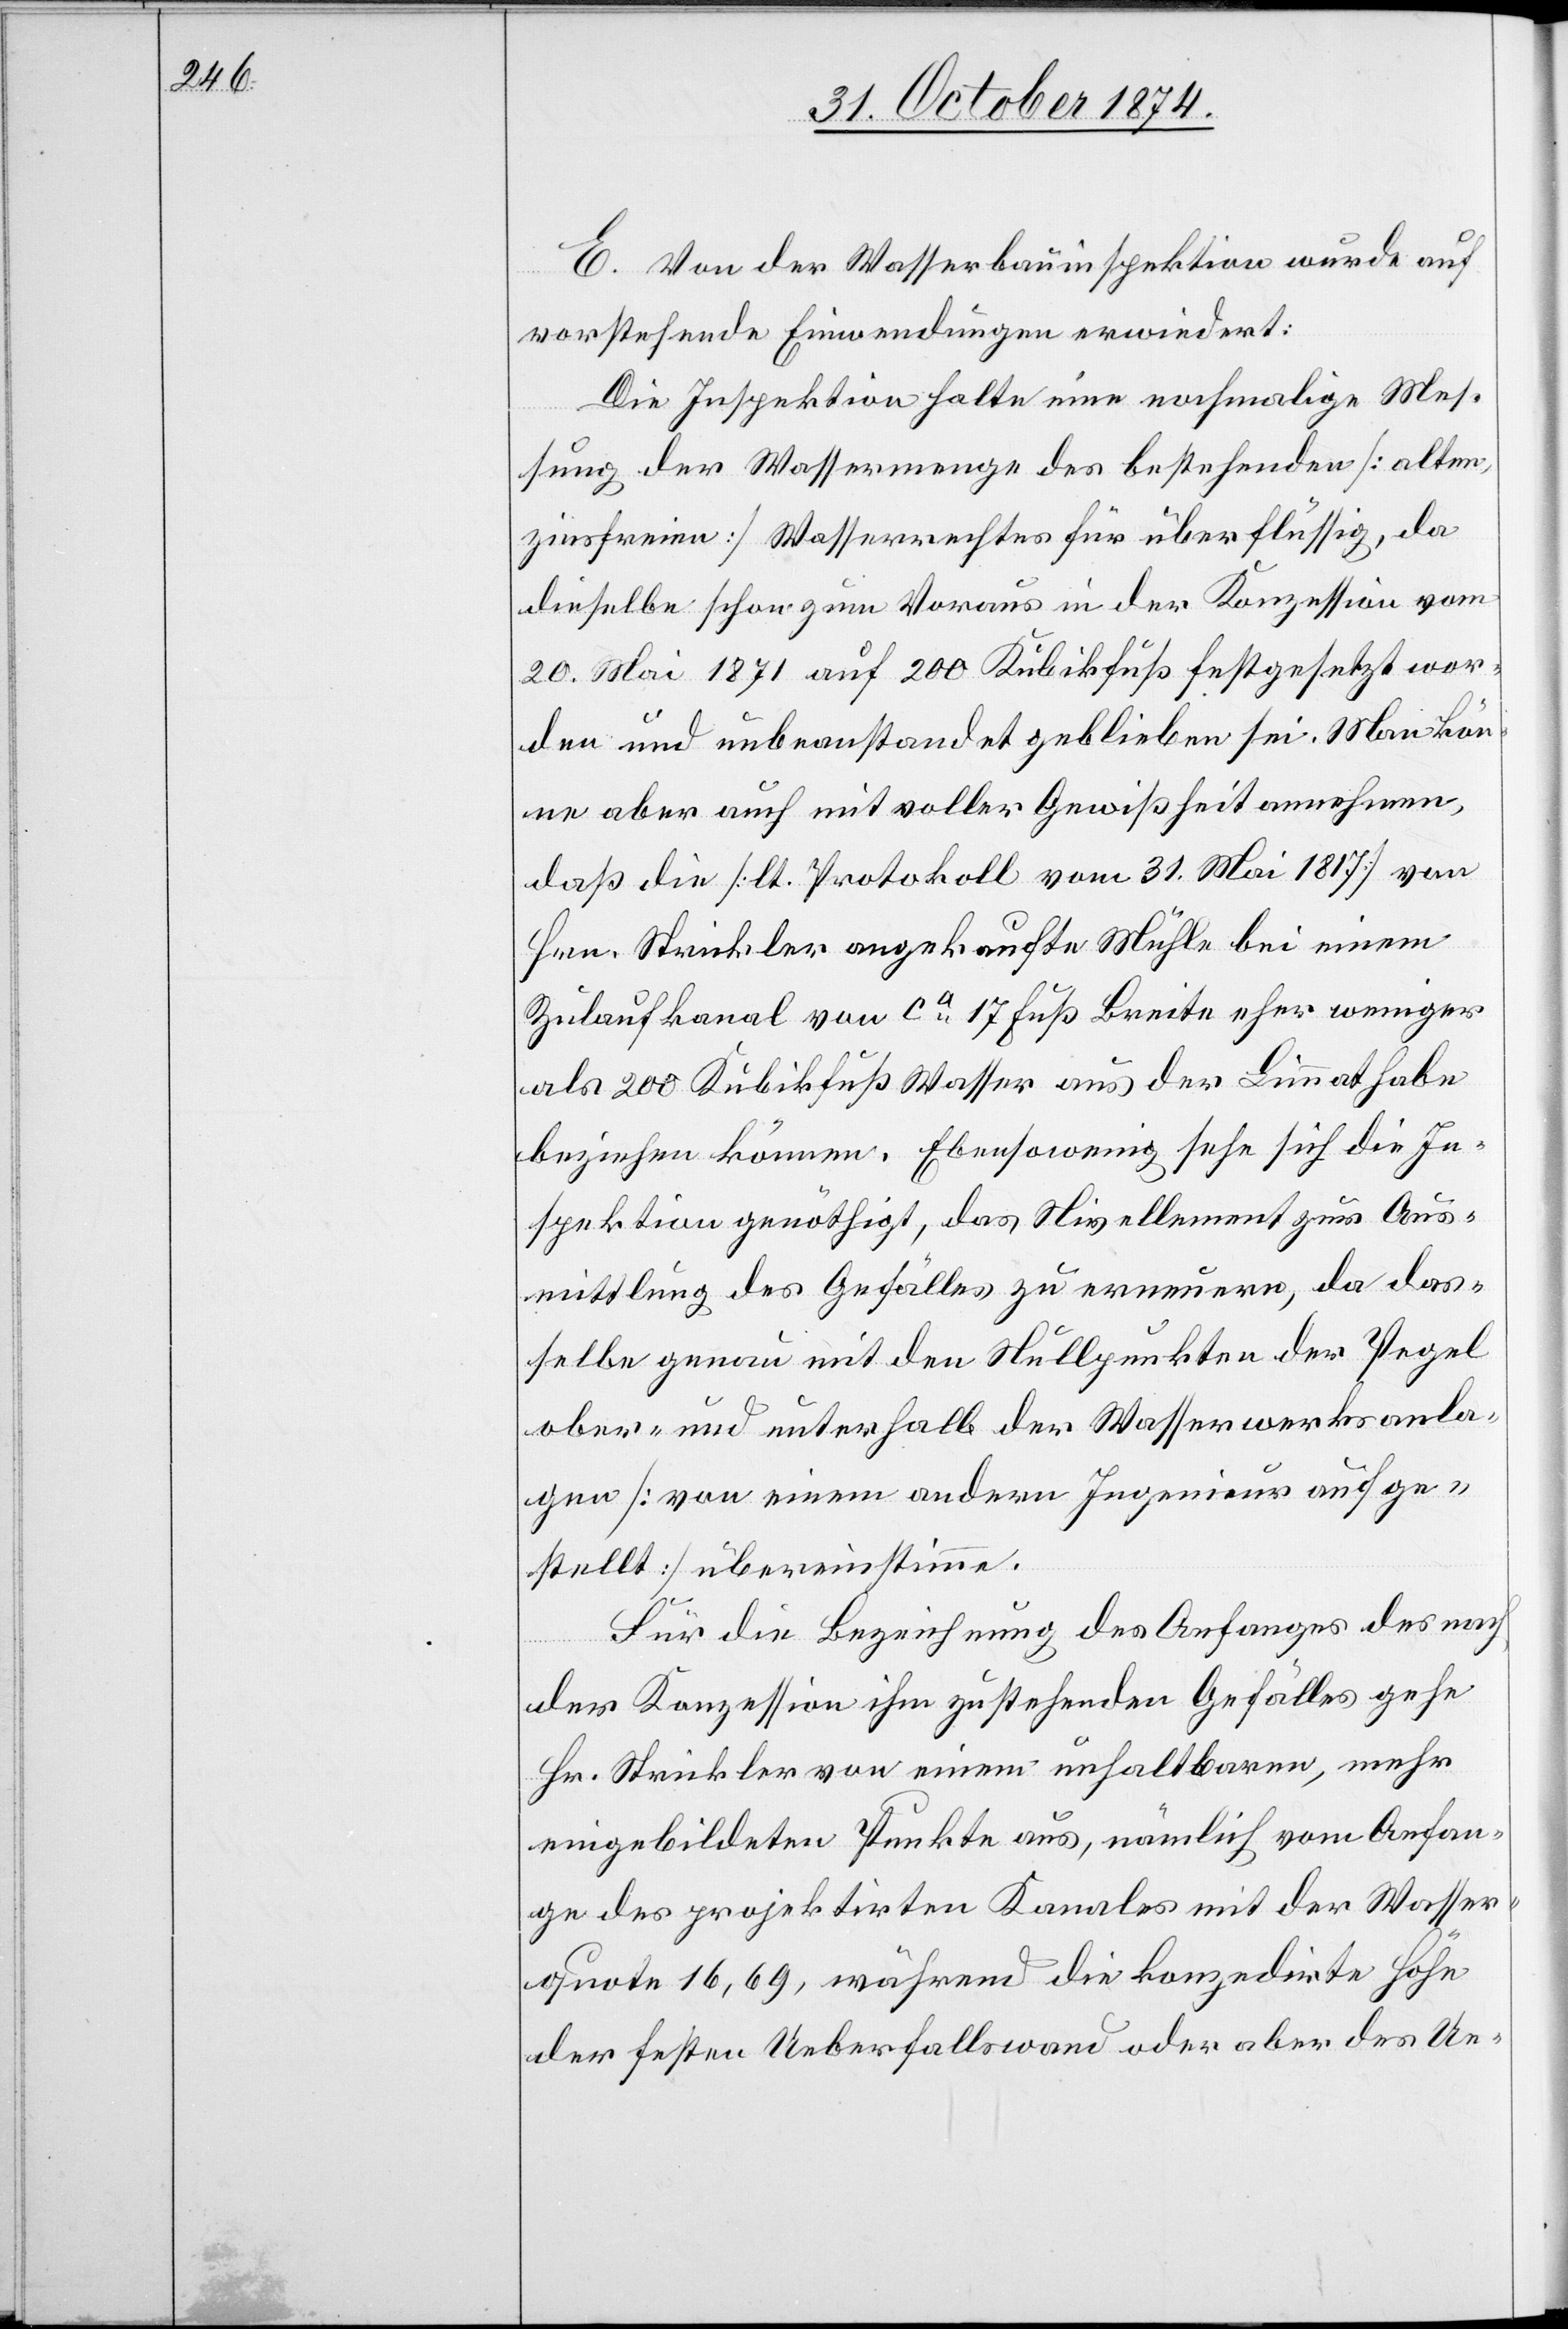
E. Von der Wasserbauinspektion wurde auf
vorstehende Einwendungen erwiedert:
Die Inspektion halte eine nochmalige Mes¬
sung der Wassermenge des bestehenden [alten,
zinsfreien] Wasserrechtes für überflüssig, da
dieselbe schon zum Voraus in der Konzession vom
20. Mai 1871 auf 200 Kubikfuß festgesetzt wor¬
den und unbeanstandet geblieben sei. Man kön¬
ne aber auch mit voller Gewißheit annehmen,
daß die [lt. Protokoll vom 31. Mai 1871] von
Hrn. Strickler angekaufte Mühle bei einem
Zulaufkanal von ca 17 Fuß Breite eher weniger
als 200 Kubikfuß Wasser aus der Limmat habe
beziehen können. Ebensowenig sehe sich die In¬
spektion genöthigt, das Nivellement zur Aus¬
mittlung des Gefälles zu erneuern, da das¬
selbe genau mit den Nullpunkten der Pegel
ober- und unterhalb der Wasserwerksanla¬
gen [von einem andern Ingenieur aufge¬
stellt] übereinstimme.
Für die Bezeichnung des Anfanges des nach
der Konzession ihm zustehenden Gefälles gehe
Hr. Strickler von einem unhaltbaren, mehr
eingebildeten Punkte aus, nämlich vom Anfan¬
ge des projektirten Kanales mit der Wasser¬
quote 16,69, während die konzedirte Höhe
der festen Ueberfallswand oder aber des Ue-